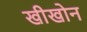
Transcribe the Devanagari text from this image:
खीखोन